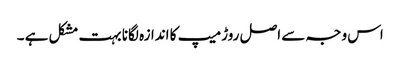
اس وجہ سے اصل روڑ میپ کا اندازہ لگانا بہت مشکل ہے ۔